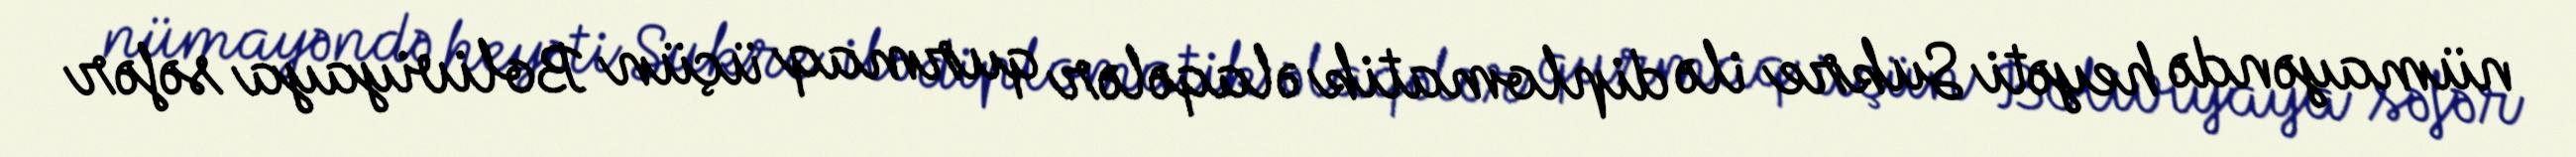
nümayəndə heyəti Sukre ilə diplomatik əlaqələr qurmaq üçün Boliviyaya səfər